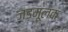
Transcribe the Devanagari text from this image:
जड़मूलक